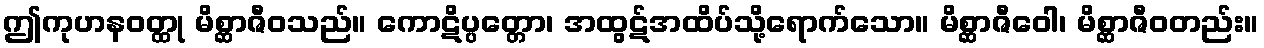
ဤကုဟနဝတ္ထု မိစ္ဆာဇီဝသည်။ ကောဋိပ္ပတ္တော၊ အထွဋ်အထိပ်သို့ရောက်သော။ မိစ္ဆာဇီဝေါ၊ မိစ္ဆာဇီဝတည်း။